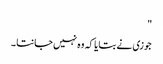
"
جوزی نے بتایا کہ وہ نہیں جانتا ۔